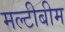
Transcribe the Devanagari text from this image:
मल्टीबीम